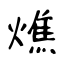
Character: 燋